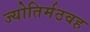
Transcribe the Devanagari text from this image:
ज्योतिर्मठवह